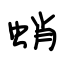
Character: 蛸